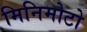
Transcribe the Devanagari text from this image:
मिनिमोटो